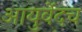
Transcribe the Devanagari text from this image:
आयुर्वेदच